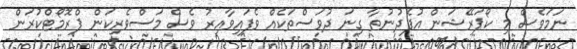
ނަމަވެސް މި ކޯޕަރޭޝަން އުފެދުނުތާ ގިނަ ދުވަސްތަކެއް ވެފައިވާއިރު ވެސް މަސްވެރިކަން ޕްރޮމޯޓްކުރަން